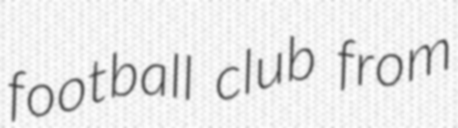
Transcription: football club from